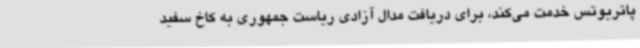
پاتریوتس خدمت می‌کند، برای دریافت مدال آزادی ریاست جمهوری به کاخ سفید